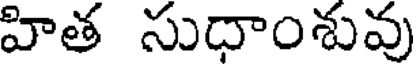
హిత సుధాంశువు